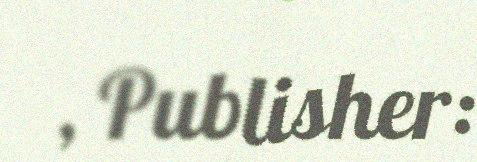
, Publisher: